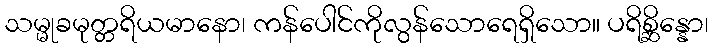
သမ္မုခမုတ္တရိယမာနော၊ ကန်ပေါင်ကိုလွန်သောရေရှိသော။ ပရိစ္ဆိန္နော၊